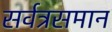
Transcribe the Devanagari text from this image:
सर्वत्रसमान